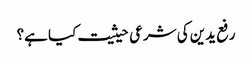
رفع یدین کی شرعی حیثیت کیا ہے؟